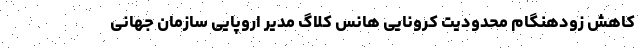
کاهش زودهنگام محدودیت کرونایی هانس کلاگ مدیر اروپایی سازمان جهانی